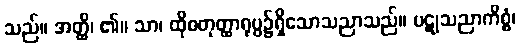
သည်။ အတ္ထိ၊ ၏။ သာ၊ ထိုစတုတ္ထာရုပ္ပ၌ရှိသောသညာသည်။ ပဋုသညာကိစ္စံ၊